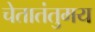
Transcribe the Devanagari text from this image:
चेतातंतुमय